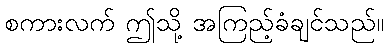
စကားလက် ဤသို့ အကြည့်ခံချင်သည်။